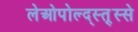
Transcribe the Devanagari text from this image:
लेओपोल्द्स्त्र्स्से